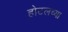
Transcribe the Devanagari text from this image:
होटलच्या